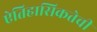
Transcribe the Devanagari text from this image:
ऐतिहासिकतेची